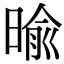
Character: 𣈥